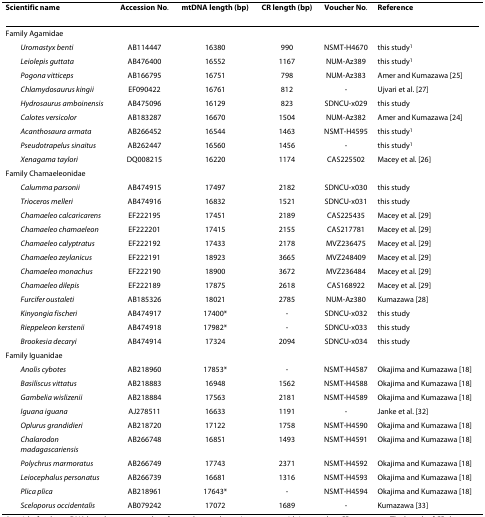
<table><thead><tr><td><b>Scientific name</b></td><td><b>Accession No.</b></td><td><b>mtDNA length (bp)</b></td><td><b>CR length (bp)</b></td><td><b>Voucher No.</b></td><td><b>Reference</b></td></tr></thead><tbody><tr><td>Family Agamidae</td><td></td><td></td><td></td><td></td><td></td></tr><tr><td> <i>Uromastyx benti</i></td><td>AB114447</td><td>16380</td><td>990</td><td>NSMT-H4670</td><td>this study<sup>1</sup></td></tr><tr><td> <i>Leiolepis guttata</i></td><td>AB476400</td><td>16552</td><td>1167</td><td>NUM-Az389</td><td>this study<sup>1</sup></td></tr><tr><td> <i>Pogona vitticeps</i></td><td>AB166795</td><td>16751</td><td>798</td><td>NUM-Az383</td><td>Amer and Kumazawa [25]</td></tr><tr><td> <i>Chlamydosaurus kingii</i></td><td>EF090422</td><td>16761</td><td>812</td><td>-</td><td>Ujvari et al. [27]</td></tr><tr><td> <i>Hydrosaurus amboinensis</i></td><td>AB475096</td><td>16129</td><td>823</td><td>SDNCU-x029</td><td>this study</td></tr><tr><td> <i>Calotes versicolor</i></td><td>AB183287</td><td>16670</td><td>1504</td><td>NUM-Az382</td><td>Amer and Kumazawa [24]</td></tr><tr><td> <i>Acanthosaura armata</i></td><td>AB266452</td><td>16544</td><td>1463</td><td>NSMT-H4595</td><td>this study<sup>1</sup></td></tr><tr><td> <i>Pseudotrapelus sinaitus</i></td><td>AB262447</td><td>16560</td><td>1456</td><td>-</td><td>this study<sup>1</sup></td></tr><tr><td> <i>Xenagama taylori</i></td><td>DQ008215</td><td>16220</td><td>1174</td><td>CAS225502</td><td>Macey et al. [26]</td></tr><tr><td>Family Chamaeleonidae</td><td></td><td></td><td></td><td></td><td></td></tr><tr><td> <i>Calumma parsonii</i></td><td>AB474915</td><td>17497</td><td>2182</td><td>SDNCU-x030</td><td>this study</td></tr><tr><td> <i>Trioceros melleri</i></td><td>AB474916</td><td>16832</td><td>1521</td><td>SDNCU-x031</td><td>this study</td></tr><tr><td> <i>Chamaeleo calcaricarens</i></td><td>EF222195</td><td>17451</td><td>2189</td><td>CAS225435</td><td>Macey et al. [29]</td></tr><tr><td> <i>Chamaeleo chamaeleon</i></td><td>EF222201</td><td>17415</td><td>2155</td><td>CAS217781</td><td>Macey et al. [29]</td></tr><tr><td> <i>Chamaeleo calyptratus</i></td><td>EF222192</td><td>17433</td><td>2178</td><td>MVZ236475</td><td>Macey et al. [29]</td></tr><tr><td> <i>Chamaeleo zeylanicus</i></td><td>EF222191</td><td>18923</td><td>3665</td><td>MVZ248409</td><td>Macey et al. [29]</td></tr><tr><td> <i>Chamaeleo monachus</i></td><td>EF222190</td><td>18900</td><td>3672</td><td>MVZ236484</td><td>Macey et al. [29]</td></tr><tr><td> <i>Chamaeleo dilepis</i></td><td>EF222189</td><td>17875</td><td>2618</td><td>CAS168922</td><td>Macey et al. [29]</td></tr><tr><td> <i>Furcifer oustaleti</i></td><td>AB185326</td><td>18021</td><td>2785</td><td>NUM-Az380</td><td>Kumazawa [28]</td></tr><tr><td> <i>Kinyongia fischeri</i></td><td>AB474917</td><td>17400*</td><td>-</td><td>SDNCU-x032</td><td>this study</td></tr><tr><td> <i>Rieppeleon kerstenii</i></td><td>AB474918</td><td>17982*</td><td>-</td><td>SDNCU-x033</td><td>this study</td></tr><tr><td> <i>Brookesia decaryi</i></td><td>AB474914</td><td>17324</td><td>2094</td><td>SDNCU-x034</td><td>this study</td></tr><tr><td>Family Iguanidae</td><td></td><td></td><td></td><td></td><td></td></tr><tr><td> <i>Anolis cybotes</i></td><td>AB218960</td><td>17853*</td><td>-</td><td>NSMT-H4587</td><td>Okajima and Kumazawa [18]</td></tr><tr><td> <i>Basiliscus vittatus</i></td><td>AB218883</td><td>16948</td><td>1562</td><td>NSMT-H4588</td><td>Okajima and Kumazawa [18]</td></tr><tr><td> <i>Gambelia wislizenii</i></td><td>AB218884</td><td>17563</td><td>2181</td><td>NSMT-H4589</td><td>Okajima and Kumazawa [18]</td></tr><tr><td> <i>Iguana iguana</i></td><td>AJ278511</td><td>16633</td><td>1191</td><td>-</td><td>Janke et al. [32]</td></tr><tr><td> <i>Oplurus grandidieri</i></td><td>AB218720</td><td>17122</td><td>1758</td><td>NSMT-H4590</td><td>Okajima and Kumazawa [18]</td></tr><tr><td> <i>Chalarodon madagascariensis</i></td><td>AB266748</td><td>16851</td><td>1493</td><td>NSMT-H4591</td><td>Okajima and Kumazawa [18]</td></tr><tr><td> <i>Polychrus marmoratus</i></td><td>AB266749</td><td>17743</td><td>2371</td><td>NSMT-H4592</td><td>Okajima and Kumazawa [18]</td></tr><tr><td> <i>Leiocephalus personatus</i></td><td>AB266739</td><td>16681</td><td>1316</td><td>NSMT-H4593</td><td>Okajima and Kumazawa [18]</td></tr><tr><td> <i>Plica plica</i></td><td>AB218961</td><td>17643*</td><td>-</td><td>NSMT-H4594</td><td>Okajima and Kumazawa [18]</td></tr><tr><td> <i>Sceloporus occidentalis</i></td><td>AB079242</td><td>17072</td><td>1689</td><td>-</td><td>Kumazawa [33]</td></tr></tbody></table>